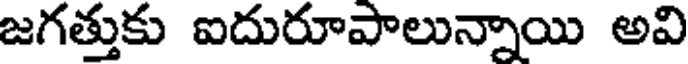
జగత్తుకు ఐదురూపాలున్నాయి అవి